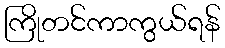
ကြိုတင်ကာကွယ်ရန်